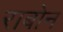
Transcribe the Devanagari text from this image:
राबोन